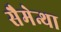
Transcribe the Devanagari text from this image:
सैमेन्था